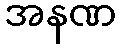
အနဏ